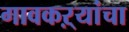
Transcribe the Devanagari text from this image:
गावकऱ्यांचा